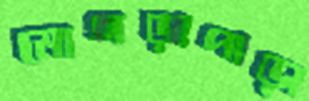
মোগড়াপাড়া